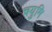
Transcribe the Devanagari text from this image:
चयुमि